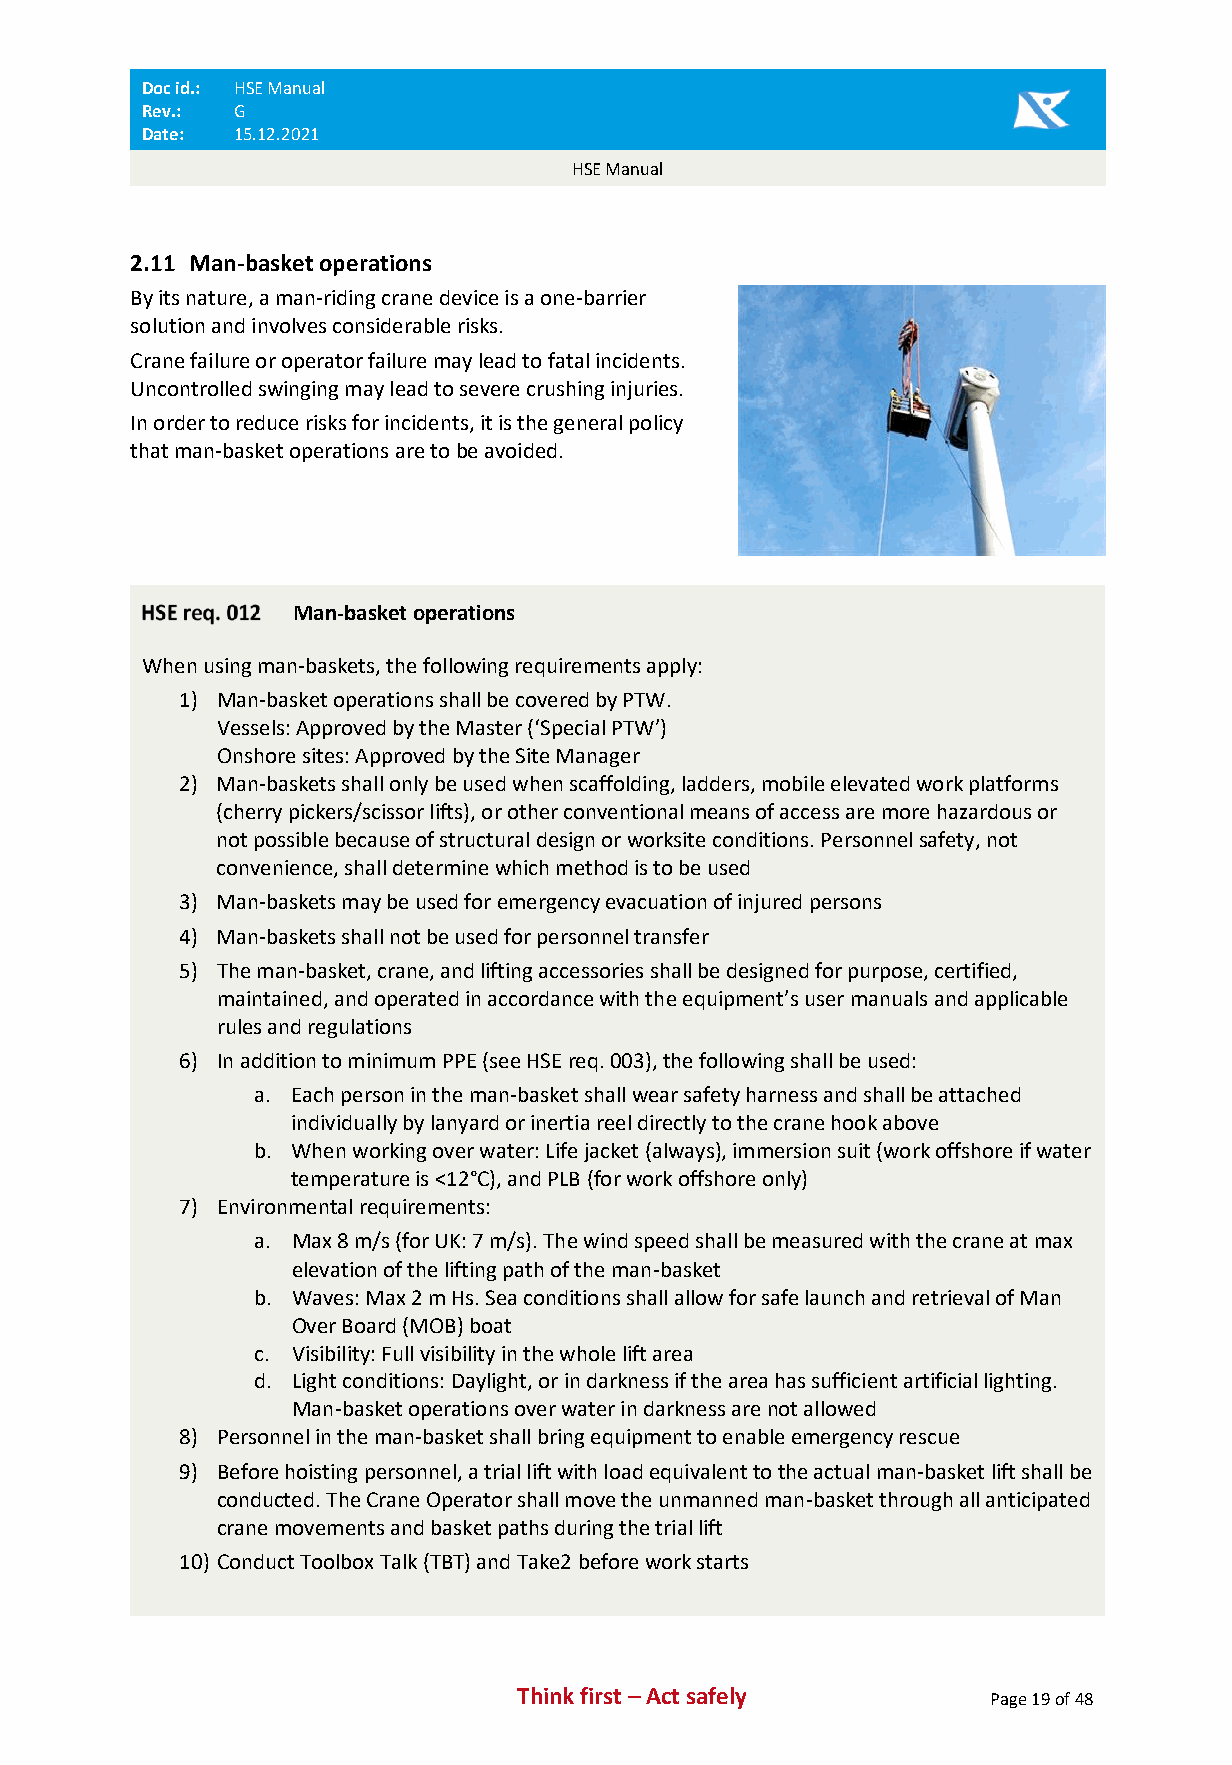
Doc id.: HSE Manual
 Rev.: G
 Date: 15.12.2021
 HSE Manual
 2.11 Man-basket operations
 By its nature, a man-riding crane device is a one-barrier
 solution and involves considerable risks.
 Crane failure or operator failure may lead to fatal incidents.
 Uncontrolled swinging may lead to severe crushing injuries.
 In order to reduce risks for incidents, it is the general policy
 that man-basket operations are to be avoided.
 Man-basket operations
 When using man-baskets, the following requirements apply:
 1) Man-basket operations shall be covered by PTW.
 Vessels: Approved by the Master (‘Special PTW’)
 Onshore sites: Approved by the Site Manager
 2) Man-baskets shall only be used when scaffolding, ladders, mobile elevated work platforms
 (cherry pickers/scissor lifts), or other conventional means of access are more hazardous or
 not possible because of structural design or worksite conditions. Personnel safety, not
 convenience, shall determine which method is to be used
 3) Man-baskets may be used for emergency evacuation of injured persons
 4) Man-baskets shall not be used for personnel transfer
 5) The man-basket, crane, and lifting accessories shall be designed for purpose, certified,
 maintained, and operated in accordance with the equipment’s user manuals and applicable
 rules and regulations
 6) In addition to minimum PPE (see HSE req. 003), the following shall be used:
 a. Each person in the man-basket shall wear safety harness and shall be attached
 individually by lanyard or inertia reel directly to the crane hook above
 b. When working over water: Life jacket (always), immersion suit (work offshore if water
 temperature is <12°C), and PLB (for work offshore only)
 7) Environmental requirements:
 a. Max 8 m/s (for UK: 7 m/s). The wind speed shall be measured with the crane at max
 elevation of the lifting path of the man-basket
 b. Waves: Max 2 m Hs. Sea conditions shall allow for safe launch and retrieval of Man
 Over Board (MOB) boat
 c. Visibility: Full visibility in the whole lift area
 d. Light conditions: Daylight, or in darkness if the area has sufficient artificial lighting.
 Man-basket operations over water in darkness are not allowed
 8) Personnel in the man-basket shall bring equipment to enable emergency rescue
 9) Before hoisting personnel, a trial lift with load equivalent to the actual man-basket lift shall be
 conducted. The Crane Operator shall move the unmanned man-basket through all anticipated
 crane movements and basket paths during the trial lift
 10) Conduct Toolbox Talk (TBT) and Take2 before work starts
 Think first – Act safely       Page 19 of 48